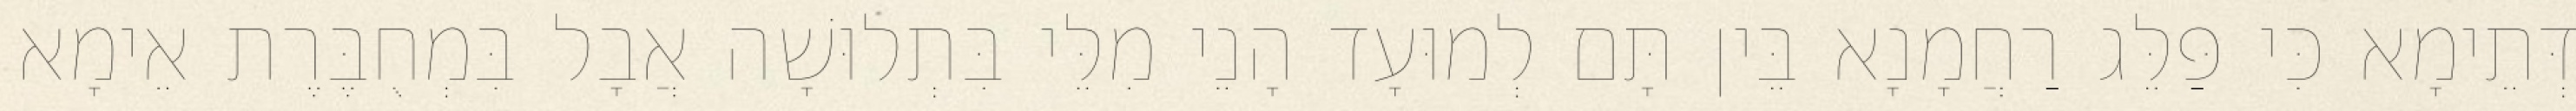
דְּתֵימָא כִּי פַּלֵּג רַחֲמָנָא בֵּין תָּם לְמוּעָד הָנֵי מִלֵּי בִּתְלוּשָׁה אֲבָל בִּמְחֻבֶּרֶת אֵימָא